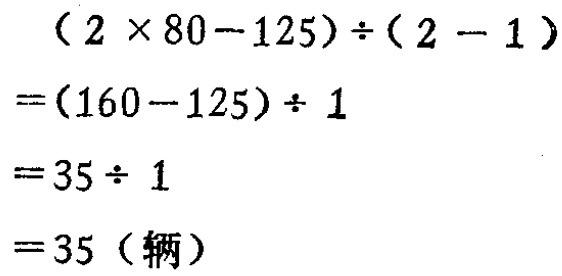
\[

\begin{align*}

&(2\times80 - 125)\div(2 - 1)\\

=&(160 - 125)\div1\\

=&35\div1\\

=&35 (\text{辆})

\end{align*}

\]